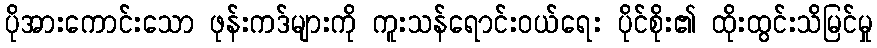
ပိုအားကောင်းသော ဖုန်းကဒ်များကို ကူးသန်ရောင်းဝယ်ရေး ပိုင်စိုး၏ ထိုးထွင်းသိမြင်မှု